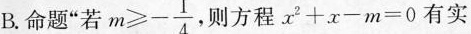
B.命题”若$$m \geqslant - \frac{1}{4}$$,则方程$$x^{2}+x-m=0$$有实